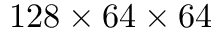
1 2 8 \times 6 4 \times 6 4